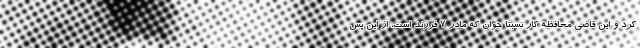
کرد و این قاضی محافظه کار نسبتا جوان که مادر 7 فرزند است، از این پس